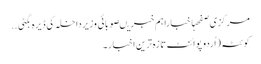
مرکزی صفحہاخباراہم خبریںصوبائی وزیرداخلہ کی ڈیرہ بگٹی ..
کوئٹہ(اُردو پوائنٹ تازہ ترین اخبار۔